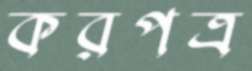
করপত্র